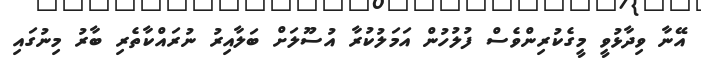
އޭނާ ވިދާޅުވީ މީގެކުރިންވެސް ފުލުހުން އަމަލުކުރާ އުސޫލަށް ބަލާއިރު ނުރައްކާތެރި ބާރު މިނުގައި